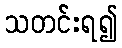
သတင်းရ၍